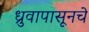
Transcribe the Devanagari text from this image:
ध्रुवापासूनचे